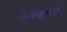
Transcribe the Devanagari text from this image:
करिनाची